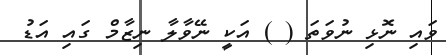
ވައި ނޮޅި ނުވަތަ ( ) އަކީ ނޭވާލާ ނިޒާމް ގައި އަޑު